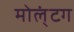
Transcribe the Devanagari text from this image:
मोल्‌ंटग